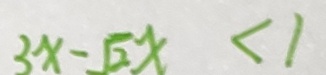
3 x - \sqrt { 2 } x < 1